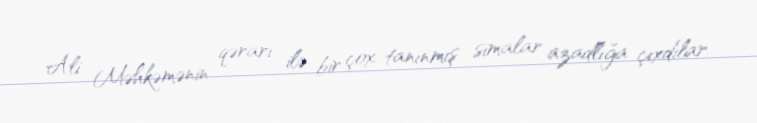
Ali Məhkəmənin qərarı ilə bir çox tanınmış simalar azadlığa çıxdılar.